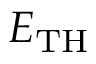
E _ { \mathrm { T H } }